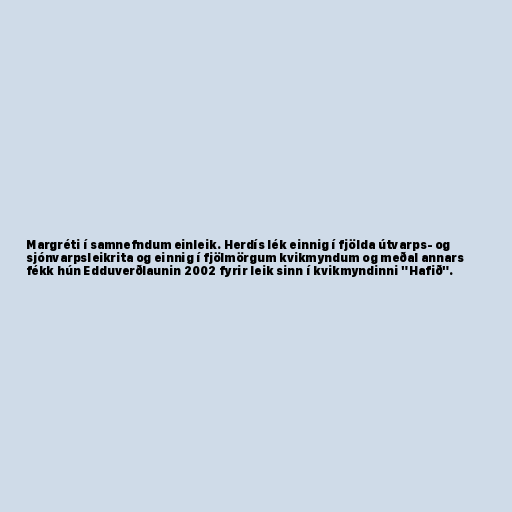
Mar­gréti í sam­nefnd­um ein­leik. Herdís lék einnig í fjölda útvarps- og
sjónvarpsleikrita og einnig í fjölmörgum kvikmyndum og meðal annars
fékk hún Edduverðlaunin 2002 fyrir leik sinn í kvikmyndinni "Hafið".